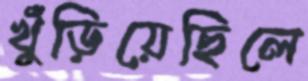
খুঁড়িয়েছিলে